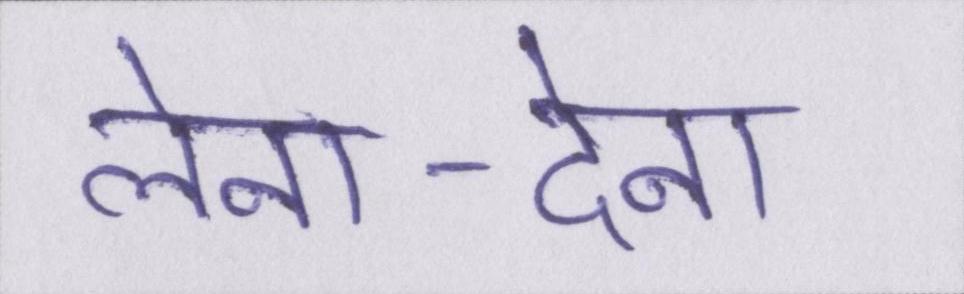
लेना-देना